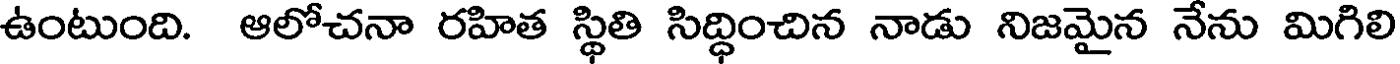
ఉంటుంది. ఆలోచనా రహిత స్థితి సిద్ధించిన నాడు నిజమైన నేను మిగిలి